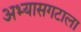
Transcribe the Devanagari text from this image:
अभ्यासगटाला